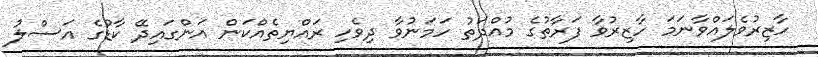
ހާޒިރުވެލައްވާނަމަ ހާޒިރުވާ ފަރާތުގެ މުއްދަތު ހަމަނުވާ ދިވެހި ރައްޔިތެއްކަން އަންގައިދޭ ކާޑުގެ އަސްލު